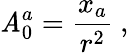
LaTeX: \mathit{A}_{0}^{a}=\frac{{x_{a}}}{{r^{2}}}~,